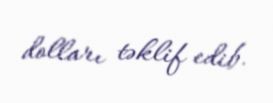
dolları təklif edib.